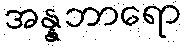
အန္နဘာရော